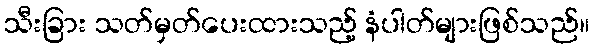
သီးခြား သတ်မှတ်ပေးထားသည့် နံပါတ်များဖြစ်သည်။